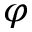
\varphi